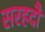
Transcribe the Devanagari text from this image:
सरहदौं